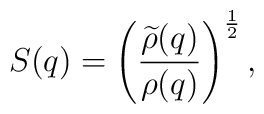
S(q) = \left({\widetilde{\rho} (q) \over \rho(q)}\right)^{{1 \over 2}},